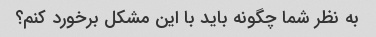
به نظر شما چگونه باید با این مشکل برخورد کنم؟